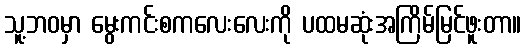
သူ့ဘဝမှာ မွေးကင်းစကလေးလေးကို ပထမဆုံးအကြိမ်မြင်ဖူးတာ။